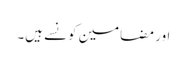
اور مضامین کونسے ہیں۔